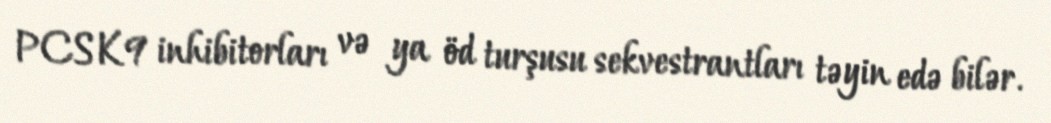
PCSK9 inhibitorları və ya öd turşusu sekvestrantları təyin edə bilər.